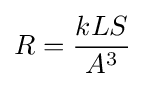
R={\frac {kLS}{A^{3}}}